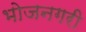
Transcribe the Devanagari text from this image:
भोजनगरी